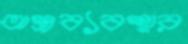
অস্ত্রব্যবস্থার